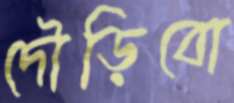
দৌড়িবো